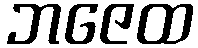
ဘဇေထ